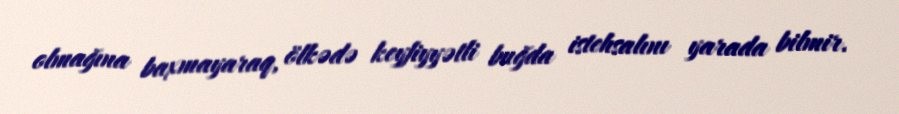
olmağına baxmayaraq, ölkədə keyfiyyətli buğda istehsalını yarada bilmir.